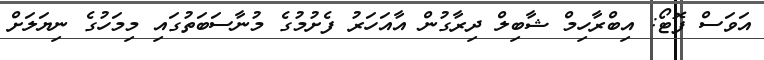
އަވަސް ފޮޓޯ: އިބްރާހިމް ޝާބިލް ދިރާގުން އާއަހަރު ފެށުމުގެ މުނާސަބަތުގައި މިމަހުގެ ނިޔަލަށް